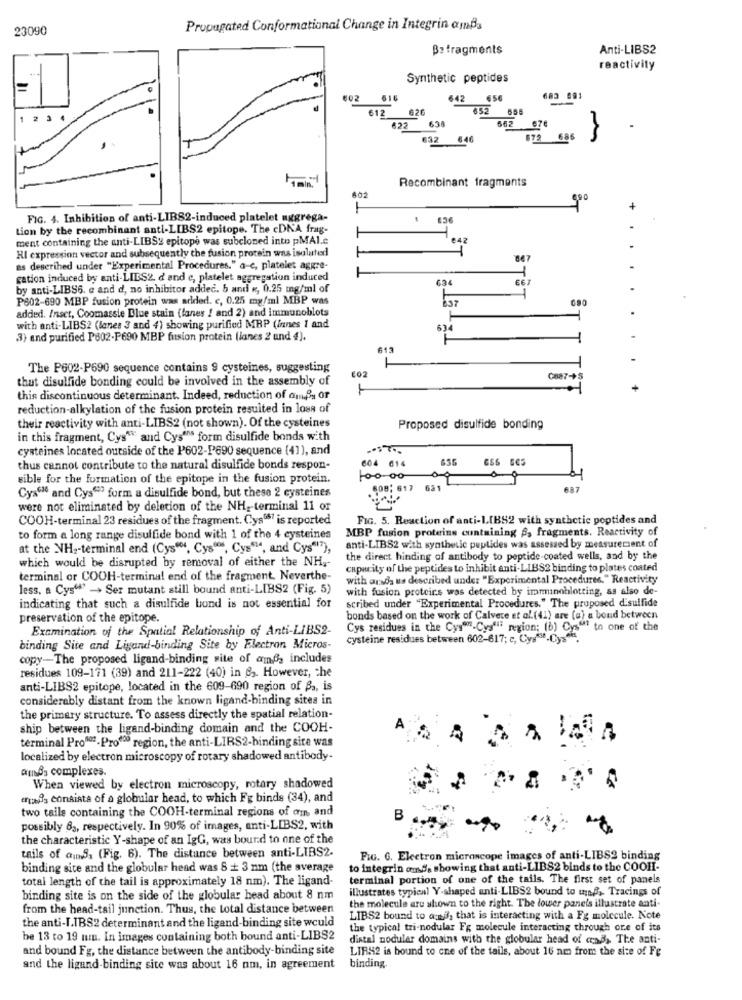
23090
Propagated Conformational Change in Integrin anBa
Betragments
Anti-LIBS2
reactivity
Synthetic peptides
€02
642 656
683 991
612
626
852
1
662
676
622
638
632 646
872
686
Recombinant fragments
602
FIG. 4. Inhibition of anti-LIBS2-induced platelet aggrega-
Lion by the recombinant anti-LIBS2 epitope. The cDNA frag-
ment containing the anti-LIBS: epitope was subcloned into pMAl.c.
642
HI expression vector and subsequently the fusion protein was isolated
as described under "Experimental Procedures." a-c, platelet aggre-
gation induced by anti-LIES2. d and c, platelet aggregation induced
634
by anti-LIBS6. e and d, no inhibitor added. 5 and «, 0.25 mg/ml of
P602-690 MBP fusion protein was added. c, 0.25 mg/ml MBP was
added. Inset, Coomassie Blue stain (lanes ! and 2) and immunoblots
with anti-LIBS2 (lanes 3 and 4) showing purified MRP (Innes 1 and
3) and purified P802-P690 MBP fusion protein (lanes 2 and 4).
613
-
The P602-P690 sequence contains 9 cysteines, suggesting
that disulfide bonding could be involved in the assembly of
€02
Cna7-+S
this discontinuous determinant. Indeed, reduction of amBy or
reduction-alkylation of the fusion protein resulted in loss of
their reactivity with anti-LIBS2 (not shown). Of the cysteines
Proposed disulfide bonding
in this fragment, Cys" and Cys""s form disulfide bonds with
cysteines located outside of the P602-P690 sequence (41), and
604 014
thus cannot contribute to the natural disulfide bonds respon-
sible for the formation of the epitope in the fusion protein.
509; 617 631
637
Cys"" and Cys"? form a disulfide bond, but these 2 cysteines
were not eliminated by deletion of the NH ,- terminal 11 or
COOH-terminal 23 residues of the fragment. Cys087 is reported
FIG. 5. Reaction of anti-LIBS2 with synthetic peptides and
MBP fusion proteins containing , fragments. Reactivity of
to form a long range disulfide bond with 1 of the 4 cysteines
at the NH2-terminal end (Cys"", Cys", Cys""", and Cys"""),
anti-LIBS2 with synthetic peptides was assessed by measurement of
which would be disrupted by removal of either the NH ,-
the direct hinding of antibody to peptide-coated wells, and by the
capacity of the peptides to Inhibit anti-LIBS2 binding to plates coated
terminal or COOH-terminal end of the fragment. Neverthe-
with arsda us described under "Experimental Procedures." Reactivity
less, a Cys"? - > Ser mutant still bound anti-LIBS2 (Fig. 5)
with fusion proteins was detected by imminoblotting, as also de-
scribed under "Experimental Procedures." The proposed disulfide
indicating that such a disulfide bond is not essential for
preservation of the epitope.
bonds based on the work of Calvece et al. (41) are (a) a bond between
Examination of the Spatial Relationship of Anti-LIBS2-
Cys residues in the Cys""-Cys""" region; (b) Cys"" to one of the
cysteine residues between 602-617; c, Cyy-Cys.
binding Site and Ligand-binding Site by Electron Micros-
copy-The proposed ligand-binding site of amfg includes
residues 109-171 (39) and 211-222 (40) in 83. However, the
anti-LIBS2 epitope, located in the 609-690 region of Ba, is
considerably distant from the known ligand-binding sites in
the primary structure. To assess directly the spatial relation-
ship between the ligand-binding domain and the COOH-
A
terminal Proud -Prod region, the anti-LIRS2-binding site was
localized by electron microscopy of rotary shadowed antibody.
außs complexes.
When viewed by electron microscopy, rotary shadowed
ertas consists of a globular head, to which Fg binds (34), and
two tails containing the COOH-terminal regions of om and
B
possibly 63, respectively. In 90% of images, anti-LIBS2, with
the characteristic Y-shape of an IgG, was bound to one of the
tails of auns, (Fig. 6). The distance between anti-LIBS2.
FiG. G. Electron microscope images of anti-LIBS2 binding
binding site and the globular head was 8 + 3 nm (the average
to integrin amd's showing that anti-LIBS2 binds to the COOH-
total length of the tail is approximately 18 nm). The ligand-
terminal portion of one of the tails. The first set of panels
illustrates typical Y-shaped anti-LIBS2 bound to unß, Tracings of
binding site is on the side of the globular head about 8 nm
from the head-tail junction. Thus, the total distance between
the molecule are shown to the right. The lower panels illustrate anti-
LIBS2 bound to and, that is interacting with a Fg molecule. Note
the anti-I.IBS2 determinant and the ligand-binding site would
the typical tri-nodular Fg molecule interacting through ore of its
be 13 to 19 min. In images containing both bound anti-LIBS2
distal nodular domains with the globular head of cend, The anti-
and bound Fg, the distance between the antibody-binding site
LIR42 is bound to cne of the tails, about 16 nm from the size of Fe
and the ligund-binding site was about 16 nm, in agreement
binding.